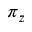
\pi _ { z }